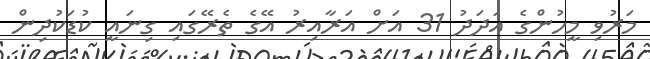
މަރުވި މީހުންގެ އަދަދު 31 އަށް އަރާއިރު އޭގެ ތެރޭގައި ގިނައީ ކުޑަކުދިން